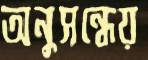
অনুসন্ধেয়